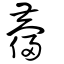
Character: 蘉